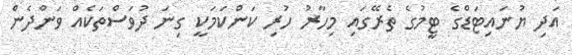
އަދި ޔުނައިޓަޑްގެ ޓީމުގެ ތެރޭގައި މިހާރު ހުރި ކަންކަމަކީ ގިނަ ދުވަސްތަކެއް ވަންދެން